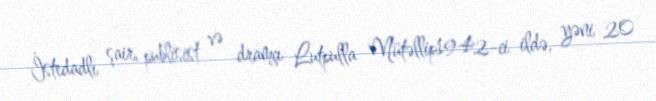
İstedadlı şair, publisist və dramçı Lutpulla Mütəllip1942-ci ildə, yəni 20